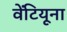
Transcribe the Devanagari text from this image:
वेंटियूना